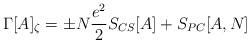
LaTeX: \begin{align*}\Gamma[A]_{\zeta} = \pm N \frac{e^2}{2} S_{CS}[A] + S_{PC}[A,N]\end{align*}